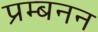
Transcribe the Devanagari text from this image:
प्रम्बनन